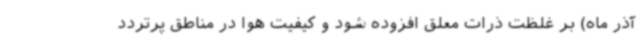
آذر ماه) بر غلظت ذرات معلق افزوده شود و کیفیت هوا در مناطق پرتردد